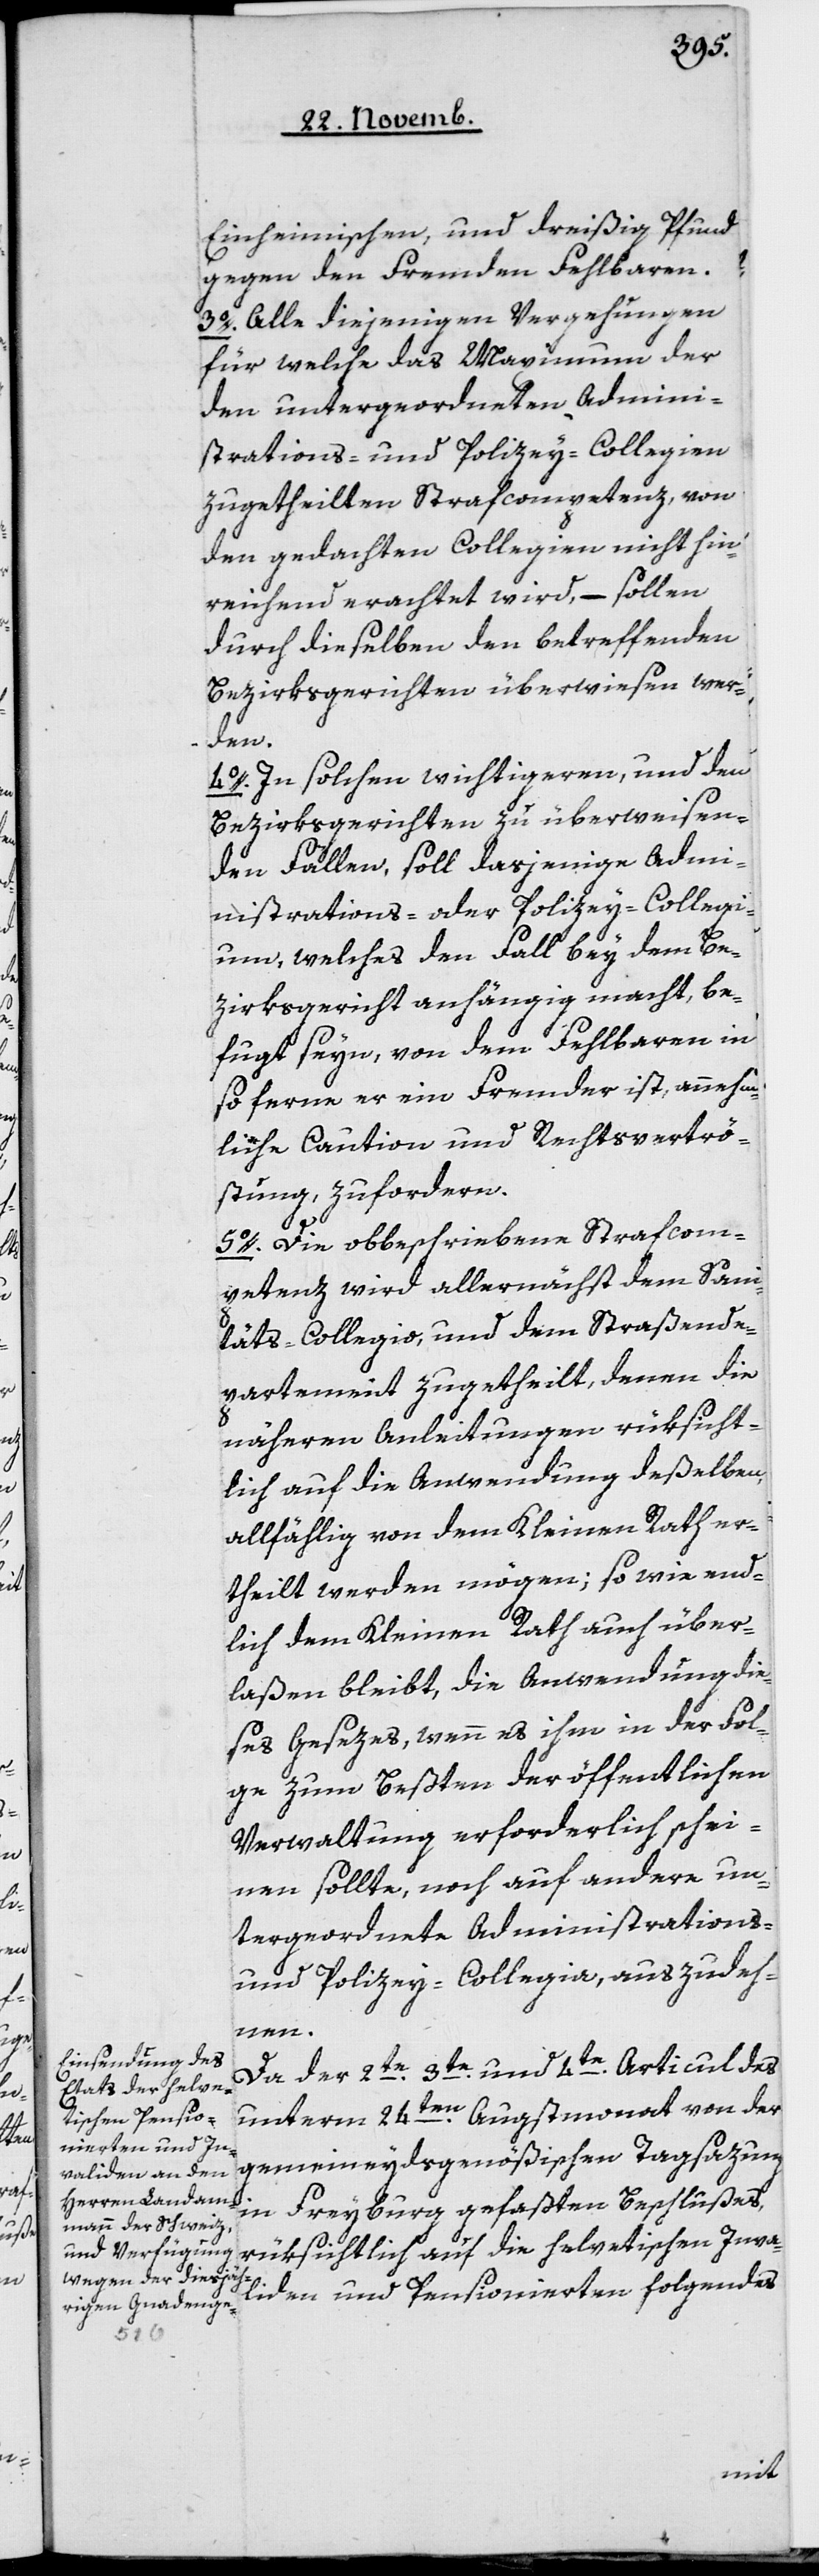
Einheimischen, und dreißig Pfund
gegen den Fremden Fehlbaren.
3o Alle diejenigen Vergehungen,
für welche das Maximum der
den untergeordneten Admini¬
strations- und Polizey-Collegien
zugetheilten Strafcompetenz, von
den gedachten Collegien nicht hin¬
reichend erachtet wird, – sollen
durch dieselben den betreffenden
Bezirksgerichten überwiesen wer¬
den.
4o In solchen wichtigeren, und den
Bezirksgerichten zu überweisen¬
den Fällen, soll dasjenige Admi¬
nistrations- oder Polizey-Collegi¬
um, welches den Fall bey dem Be¬
zirksgericht anhängig macht, be¬
fugt seyn, von dem Fehlbaren, in
so ferne er ein Fremder ist, annehm¬
liche Caution und Rechtsvertrö¬
stung zufordern.
5o Die obbeschriebene Strafcom¬
petenz wird allernächst dem Sani¬
täts-Collegio und dem Straßende¬
partement zugetheilt, denen die
näheren Anleitungen rüksicht¬
lich auf die Anwendung deßelben,
allfählig von dem Kleinen Rath er¬
theilt werden mögen; sowie end¬
lich dem Kleinen Rath auch über¬
laßen bleibt, die Anwendung die¬
ses Gesezes, wenn es ihm in der Fol¬
ge zum Beßten der öffentlichen
Verwaltung erforderlich schei¬
nen sollte, noch auf andere un¬
tergeordnete Administrations-
und Polizey-Collegia, auszudeh¬
nen.
Da der 2te, 3te und 4te Articul des
unterm 24ten Augstmonat von der
gemeindeydgenößischen Tagsazung
in Freyburg gefaßten Beschlußes,
rüksichtlich auf die helvetischen Inva¬
liden und Pensionierten folgendes